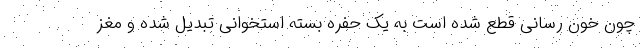
چون خون رسانی قطع شده است به یک حفره بسته استخوانی تبدیل شده و مغز